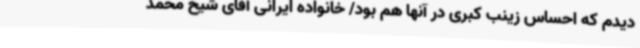
دیدم که احساس زینب کبری‌ در آنها هم بود/ خانواده ایرانی آقای شیخ محمد